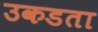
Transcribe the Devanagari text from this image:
उकडता